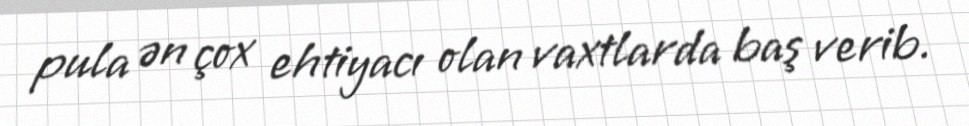
pula ən çox ehtiyacı olan vaxtlarda baş verib.